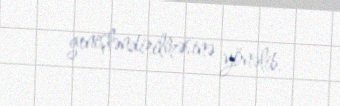
genişləndirilməsinə yönəlib.